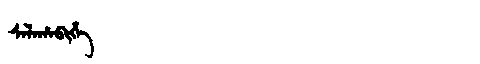
Manchu: ᠰᠠᠯᠠᡥᠠᠪᡳᡥᡝ
Romanization: SALAHABIHE